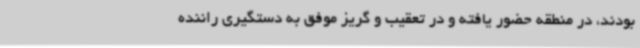
بودند، در منطقه حضور یافته و در تعقیب و گریز موفق به دستگیری راننده